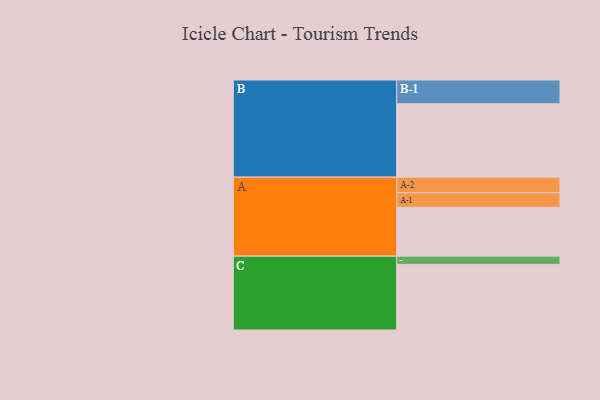
{"axis": {"x": "Segment", "y": "Value"}, "legend": ["", "A", "B", "C"], "data": [{"x": "A", "y": 399, "type": ""}, {"x": "B", "y": 599, "type": ""}, {"x": "C", "y": 536, "type": ""}, {"x": "A-1", "y": 118, "type": "A"}, {"x": "A-2", "y": 128, "type": "A"}, {"x": "B-1", "y": 194, "type": "B"}, {"x": "C-1", "y": 67, "type": "C"}]}